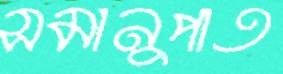
সমানুপাত